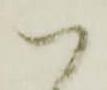
御